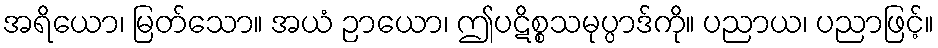
အရိယော၊ မြတ်သော။ အယံ ဉာယော၊ ဤပဋိစ္စသမုပ္ပာဒ်ကို။ ပညာယ၊ ပညာဖြင့်။